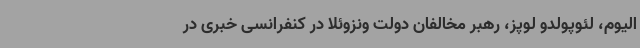
الیوم، لئوپولدو لوپز، رهبر مخالفان دولت ونزوئلا در کنفرانسی خبری در